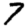
Digit: 7